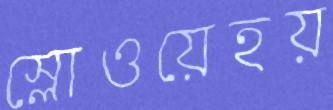
স্লোওয়েহয়